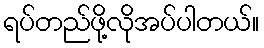
ရပ်တည်ဖို့လိုအပ်ပါတယ်။